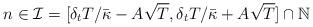
LaTeX: \begin{align*}n \in \mathcal I = [ \delta_tT/\bar \kappa - A \sqrt T, \delta_tT/\bar \kappa + A \sqrt T] \cap \mathbb N\end{align*}